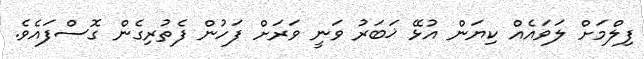
ފިލްމަށް ލަވައެއް ކިޔަން އުޅޭ ޚަބަރު ވަނީ ވަރަށް ފަހުން ފެތުރިގެން ގޮސްފައެވެ.